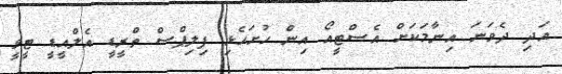
އަދި ދެވަނަ އިނާމަކަށް އެސްޓީއޯ އިން ހުށަހެޅި ފިލިޕްސް ތްރީޑީ އެލްއީޑީ ޓީވީ